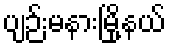
ပျဉ်းမနားမြို့နယ်